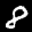
Label: 8